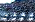
لاتفكر